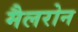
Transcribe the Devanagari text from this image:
मैलरोन